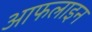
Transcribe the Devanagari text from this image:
आफलाइन